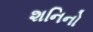
શનિનો